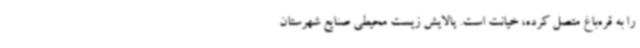
را به قره‌باغ متصل کرده، خیانت است. پالایش زیست محیطی صنایع شهرستان